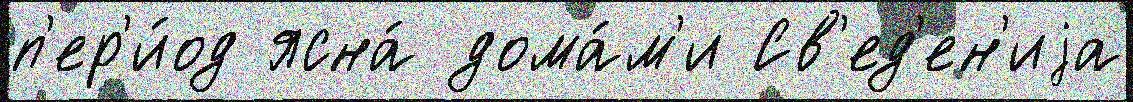
п'ер'и́од ясна́ дома́м'и Св'ед'ен'иjа